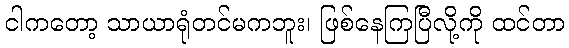
ငါကတော့ သာယာရုံတင်မကဘူး၊ ဖြစ်နေကြပြီလို့ကို ထင်တာ